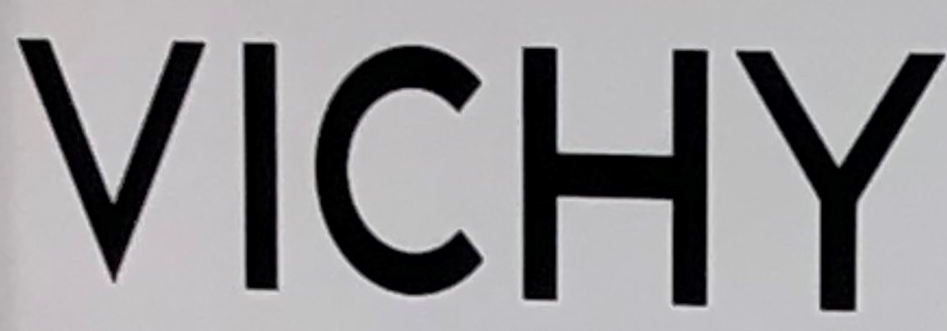
VICHY